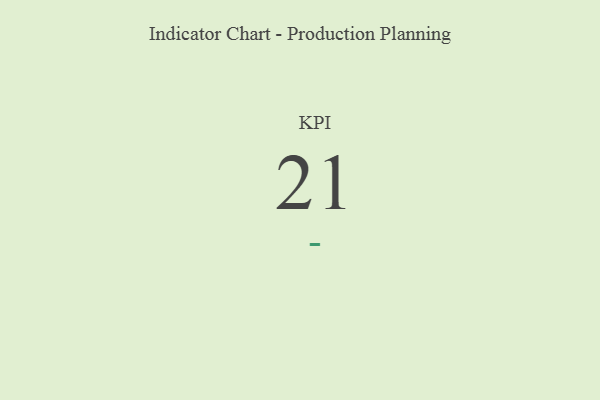
{"axis": {"x": "KPI", "y": "Value"}, "legend": [""], "data": [{"x": "KPI", "y": 21, "type": ""}]}